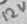
Text: 12V